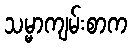
သမ္မာကျမ်းစာက